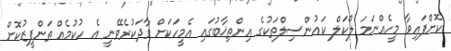
ކޮށްފައިވާ މީހެއްނަމަ ލޯކަލް ކައުންސިލްތަކުގެ އިންތިޚާބުގައި އެމީހަކަށް ވާދަކުރެވޭނީ އެ ހުކުމެއް ތަންފީޒުކޮށް